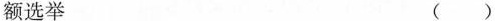
额选举 ( )